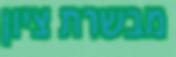
מבשרת ציון